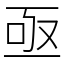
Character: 亟